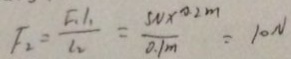
F _ { 2 } = \frac { F _ { 1 } l _ { 1 } } { l _ { 2 } } = \frac { 5 N \times 0 . 2 m } { 0 . 1 m } = 1 0 N